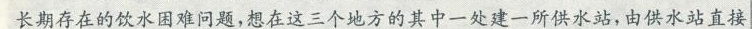
长期存在的饮水困难问题，想在这三个地方的其中一处建一所供水站，由供水站直接